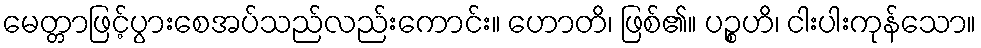
မေတ္တာဖြင့်ပွားစေအပ်သည်လည်းကောင်း။ ဟောတိ၊ ဖြစ်၏။ ပဉ္စဟိ၊ ငါးပါးကုန်သော။